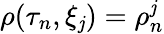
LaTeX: \rho(\tau_{n},\xi_{\mathit{j}})=\rho_{n}^{\mathit{j}}